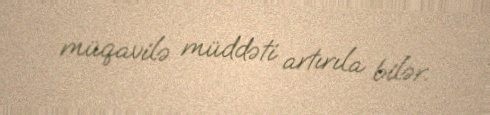
müqavilə müddəti artırıla bilər.